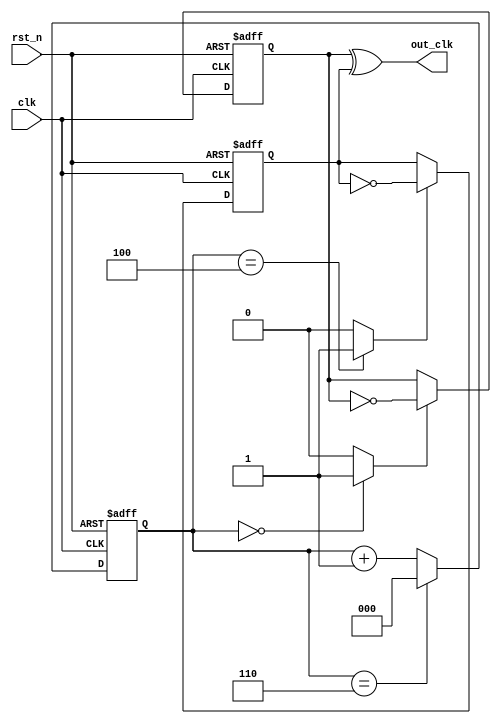
module odd_clk_div_7 (
	input clk,
    input rst_n,
  	output out_clk
);
  
  reg [2:0] ctr;
  
  always @(posedge clk or negedge rst_n) begin
    if(!rst_n)
      ctr <= 0;
	  else if (ctr == 6) 
	  // for divide by 5 clock, change ctr == 6 to 4
	  // for divide by 3 clock, change ctr == 6 to 2
      ctr <= 0;
    else
      ctr <= ctr + 1;
  end
 
  wire ff1_en, ff2_en;
  reg ff1, ff2;
  
  assign ff1_en = (ctr == 0) ? 1 : 0;
  assign ff2_en = (ctr == 4) ? 1 : 0; 
  // for divide by 5 clock, change ctr == 4 to 3
  // for divide by 3 clock, change ctr == 4 to 2
  
  always @(posedge clk or negedge rst_n) begin
    if (!rst_n) begin
      ff1 <= 0;
    end
    else begin
      if (ff1_en)
        ff1 <= ~ff1;
    end
  end
  
  always @(negedge clk or negedge rst_n) begin
    if (!rst_n) begin
      ff2 <= 0;
    end
    else begin
      if (ff2_en)
        ff2 <= ~ff2;
    end
  end
  
  assign out_clk = ff1 ^ ff2;
endmodule